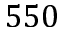
5 5 0